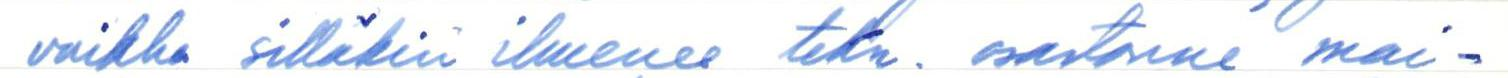
vaikka silläkin ilmenee tekn. osastonne mai-